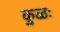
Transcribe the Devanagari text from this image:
कुळः